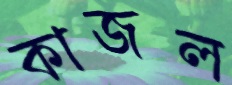
কাজল